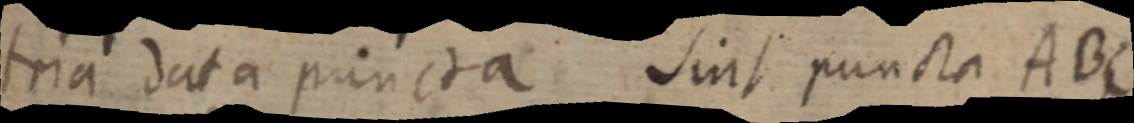
tria data puncta Sint puncta ABC